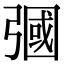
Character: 𢐚